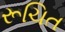
રૂચિત